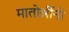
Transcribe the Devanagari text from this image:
मातोश्रींनी